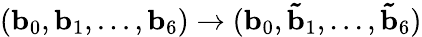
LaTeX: (\mathbf{b}_{0},\mathbf{b}_{1},...,\mathbf{b}_{6})\to(\mathbf{b}_{0},\mathbf{\tilde{b}}_{1},...,\mathbf{\tilde{b}}_{6})